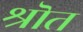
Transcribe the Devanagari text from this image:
श्रॊत